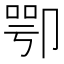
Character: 卾